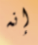
إنه